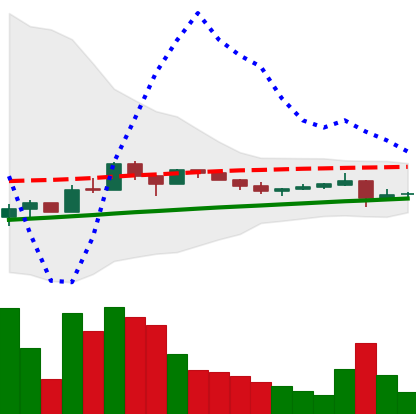
Ticker: LTC-USD
Chart end date: 2017-10-11
Forward return: 26.99%
Label: up_7plus